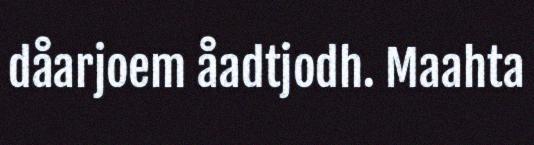
dåarjoem åadtjodh. Maahta